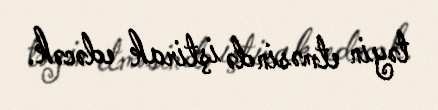
təyin etməsində iştirak edəcək.